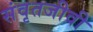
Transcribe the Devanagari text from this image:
संवृतजीवी